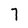
Character: 7